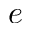
e